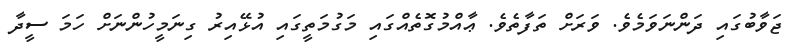
ޖަވާބުގައި ދަންނަވަމެވެ. ވަރަށް ތަފާތެވެ. ޢާއްމުގޮތެއްގައި މަގުމަތީގައި އުޅޭއިރު ގިނަމީހުންނަށް ހަމަ ސީދާ